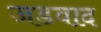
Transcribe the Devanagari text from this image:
जडवाद